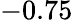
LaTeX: -0.75